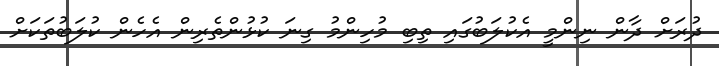
ދުރަށް ދާން ނިންމީ އެކުލަބުގައި ތިބި މުހިންމު ގިނަ ކުޅުންތެރިން އެހެން ކުލަބުތަކަށް